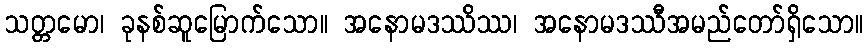
သတ္တမော၊ ခုနစ်ဆူမြောက်သော။ အနောမဒဿိဿ၊ အနောမဒဿီအမည်တော်ရှိသော။